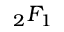
{ } _ { 2 } F _ { 1 }